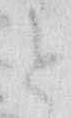
と